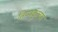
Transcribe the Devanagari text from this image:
तिप्पकुलम